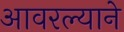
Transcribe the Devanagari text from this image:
आवरल्याने